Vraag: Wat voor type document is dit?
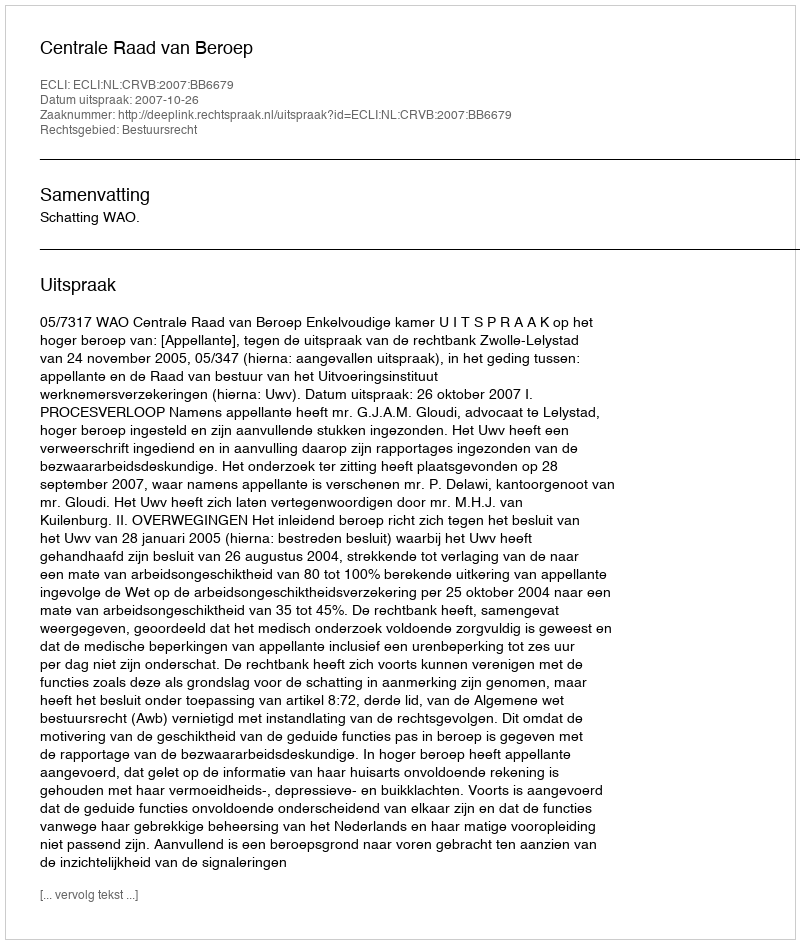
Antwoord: Uitspraak